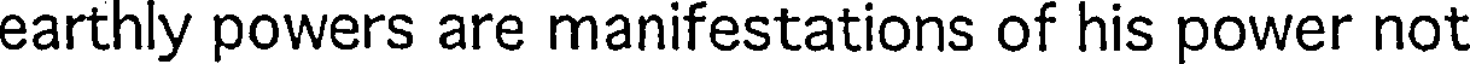
earthly powers are manifestations of his power not